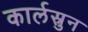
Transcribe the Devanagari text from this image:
कार्लस्रुन